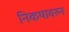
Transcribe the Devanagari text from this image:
निकषावरुन